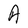
Character: A